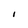
Character: I